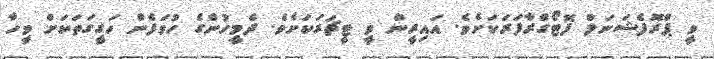
ވީ ޕްރޮފެޝަނަލް ފޮޓޯގްރާފަރަކަށެވެ. އައިރީން ވީ ޓީޗަރަކަށެވެ. ދެމީހުންގެ ހުވަފެން ހަގީގަތަކަށް ވީހާ